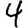
Digit: 4